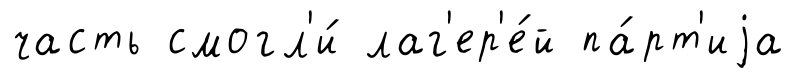
часть смогл'и́ лаг'ер'е́й па́рт'иjа